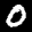
Label: 0